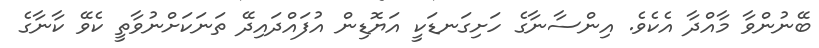
ބޭނުންވާ މާއްދާ އެކެވެ. އިންސާނާގެ ހަށިގަނޑަކީ އަޔޮޑިން އުފައްދައިދޭ ތަނަކަށްނުވާތީ ކެވޭ ކާނާގެ